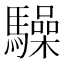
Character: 𮪚